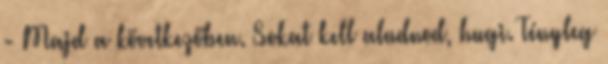
- Majd a következőben. Sokat kell aludnod, hugi. Tényleg